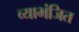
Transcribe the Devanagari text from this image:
व्याभंजित